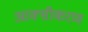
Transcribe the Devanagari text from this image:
आक्‍सीकरण